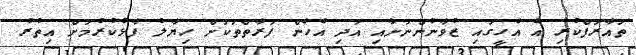
ތައާރަފްކުރި އެ އެހީގައި ޒުވާނުންނަށާއި އަދި އެހެން ފަރާތްތަކަށް ހިޔާލު ފާޅުކުރުމަށް އިތުރު